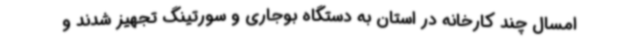
امسال چند کارخانه در استان به دستگاه بوجاری و سورتینگ تجهیز شدند و